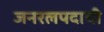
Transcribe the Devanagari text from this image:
जनरलपदाची